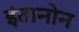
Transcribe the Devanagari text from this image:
इंतानोन